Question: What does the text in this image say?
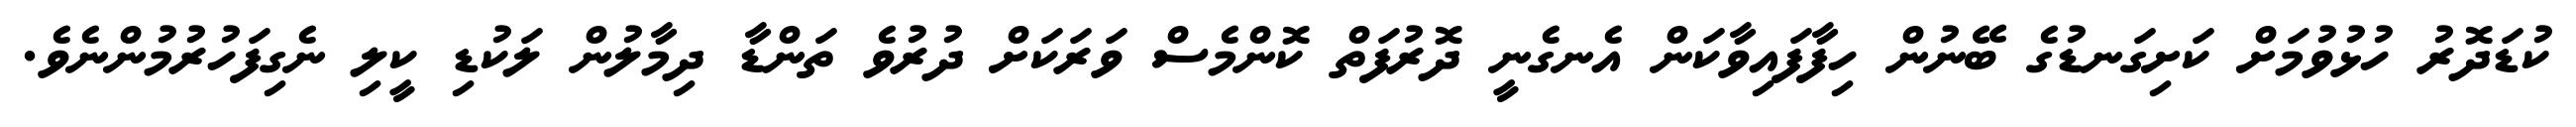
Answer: ކުޑަދޮރު ހުޅުވުމަށް ކަށިގަނޑުގެ ބޭނުން ހިފާފައިވާކަން އެނގެނީ ދޮރުފަތް ކޮންމެސް ވަރަކަށް ދުރުވެ ތަންޑާ ދިމާލުން ލަކުޑި ކީލި ނެގިފަހުރުމުންނެވެ.